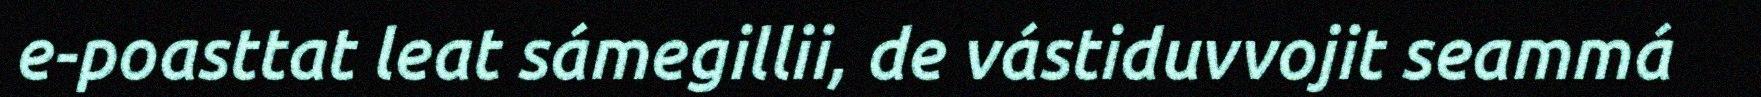
e-poasttat leat sámegillii, de vástiduvvojit seammá